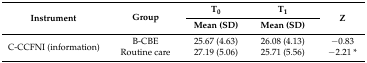
| <ROWSPAN=2> Instrument | <ROWSPAN=2> Group | T0 | T1 | <ROWSPAN=2> Z |
 | Mean (SD) | Mean (SD) |
 | --- | --- | --- | --- | --- |
 | <ROWSPAN=2> C-CCFNI (information) | B-CBE | 25.67 (4.63) | 26.08 (4.13) | −0.83 |
 | Routine care | 27.19 (5.06) | 25.71 (5.56) | −2.21 * |